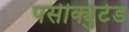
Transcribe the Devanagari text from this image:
पर्सीक्युटेड